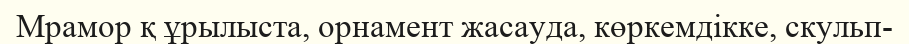
Мрамор қ ұрылыста, орнамент жасауда, көркемдікке, скульп-